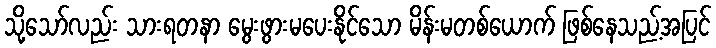
သို့သော်လည်း သားရတနာ မွေးဖွားမပေးနိုင်သော မိန်းမတစ်ယောက် ဖြစ်နေသည့်အပြင်